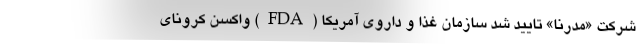
شرکت «مدرنا» تأیید شد سازمان غذا و داروی آمریکا (FDA) واکسن کرونای